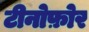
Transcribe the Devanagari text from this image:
टीनोफ़ोर